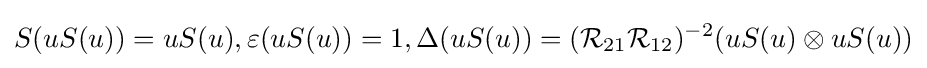
S(uS(u))=uS(u),\varepsilon (uS(u))=1,\Delta (uS(u))=({\mathcal {R}}_{21}{\mathcal {R}}_{12})^{-2}(uS(u)\otimes uS(u))